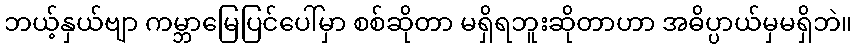
ဘယ့်နှယ်ဗျာ ကမ္ဘာမြေပြင်ပေါ်မှာ စစ်ဆိုတာ မရှိရဘူးဆိုတာဟာ အဓိပ္ပာယ်မှမရှိဘဲ။